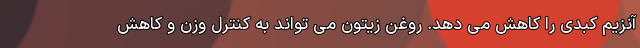
آنزیم کبدی را کاهش می دهد. روغن زیتون می تواند به کنترل وزن و کاهش